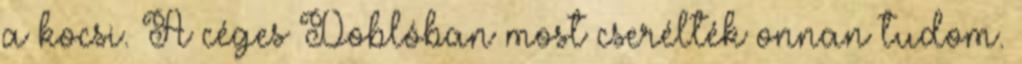
a kocsi. A céges Doblóban most cserélték onnan tudom.